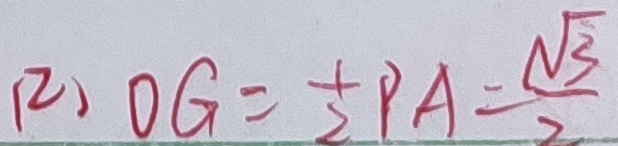
( 2 ) O G = \frac { 1 } { 2 } P A = \frac { \sqrt { 3 } } { 2 }